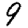
Digit: 9